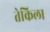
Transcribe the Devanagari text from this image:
तेकिला